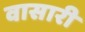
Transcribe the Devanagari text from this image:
वासारी